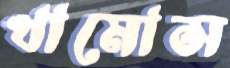
খামোস